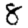
Digit: 8